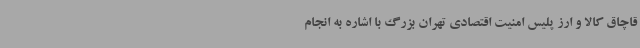
قاچاق کالا و ارز پلیس امنیت اقتصادی تهران بزرگ با اشاره به انجام